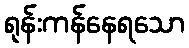
ရုန်းကန်နေရသော